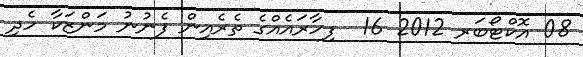
08 އޮކްޓޯބަރ 2012 16  ފިހާރައެއްގެ ތެރެއިން ފެނުނު މަންޒަކާ ހެދި